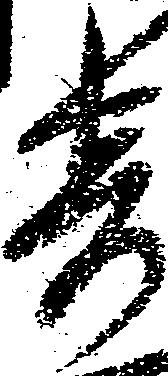
寄